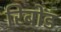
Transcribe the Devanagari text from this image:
रिबोंड